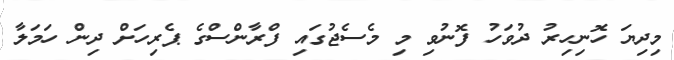
މިދިޔަ ހޮނިހިރު ދުވަހު ފޮނުވި މި މެސެޖުގައި ފްރާންސްގެ ޕެރިހަށް ދިން ހަމަލާ